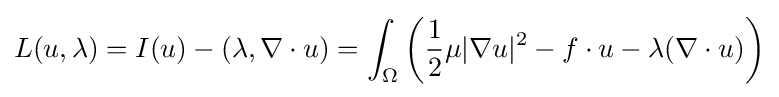
L(u,\lambda )=I(u)-\left(\lambda ,\nabla \cdot u\right)=\int _{\Omega }\left({\frac {1}{2}}\mu |\nabla u|^{2}-f\cdot u-\lambda (\nabla \cdot u)\right)